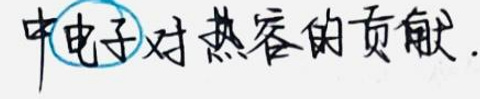
中电子对热容的贡献.